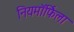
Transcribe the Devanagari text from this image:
नियमॉर्फिला